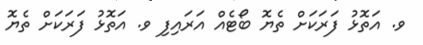
ވ. އަތޮޅު ފަރަކަށް ތެޔޮ ބޯޓެއް އަރައިފި ވ. އަތޮޅު ފަރަކަށް ތެޔޮ